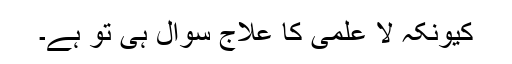
کیونکہ لا علمی کا علاج سوال ہی تو ہے۔